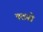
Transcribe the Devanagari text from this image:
पठनो